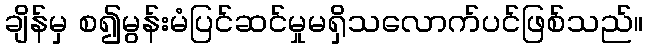
ချိန်မှ စ၍မွန်းမံပြင်ဆင်မှုမရှိသလောက်ပင်ဖြစ်သည်။